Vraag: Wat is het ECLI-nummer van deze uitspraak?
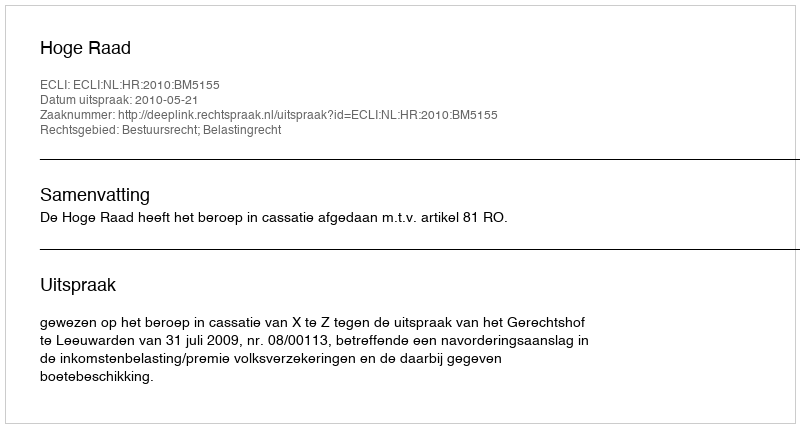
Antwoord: ECLI:NL:HR:2010:BM5155